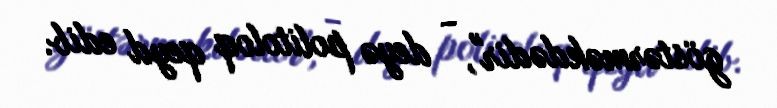
göstərməkdədir", - deyə politoloq qeyd edib.